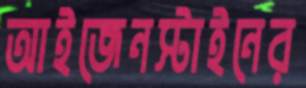
আইজেনস্টাইনের